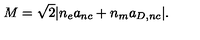
M = \sqrt 2 | n _ { e } a _ { n c } + n _ { m } a _ { D , n c } | .